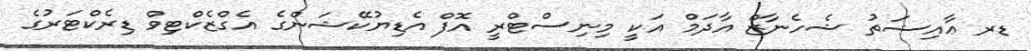
ޑރ ޢާއިޝަތު ޝެހެނާޒް އާދަމް އަކީ މިނިސްޓްރީ އޮފް އެޑިޔުކޭޝަންގެ އެގްޒެކްޓިވް ޑިރެކްޓަރުގެ